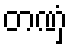
တဏှံ